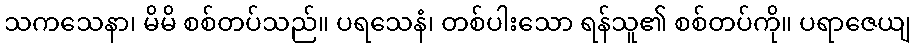
သကသေနာ၊ မိမိ စစ်တပ်သည်။ ပရသေနံ၊ တစ်ပါးသော ရန်သူ၏ စစ်တပ်ကို။ ပရာဇေယျ